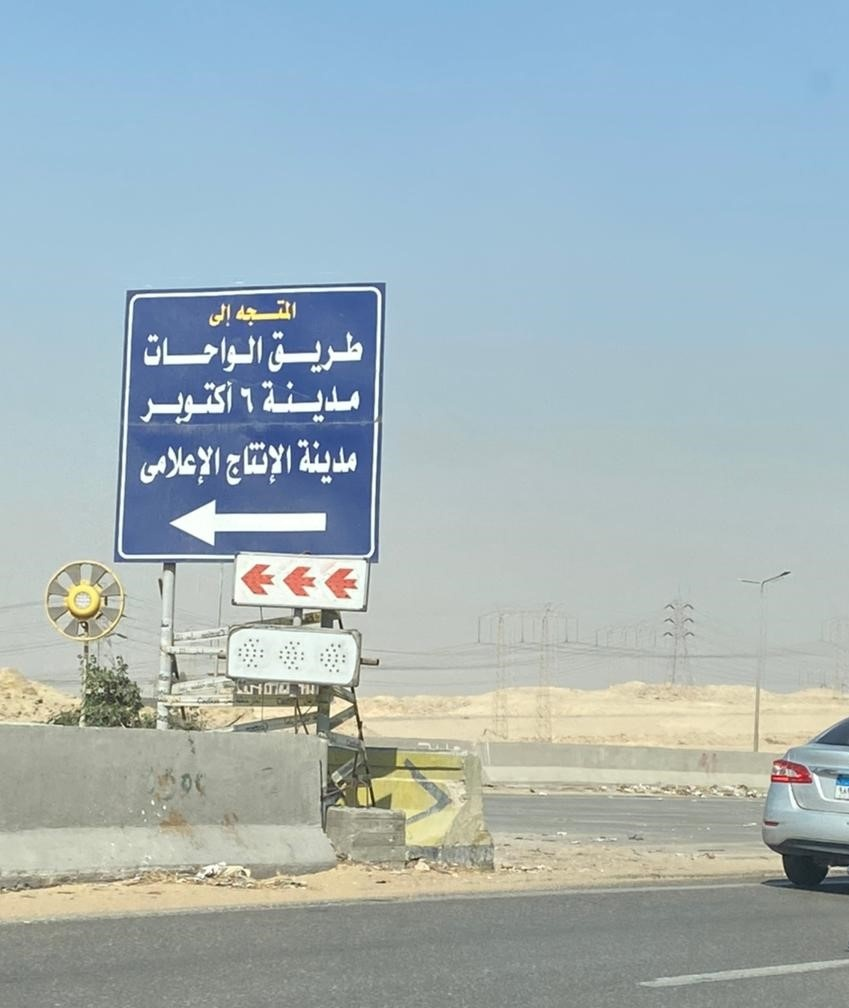
Text in image: المتجه إلى طريق الواحات مدينة 6 أكتوبر مدينة الإنتاج الإعلامي